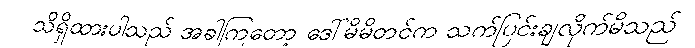
သိရှိထားပါသည် အခါကြတော့ ဒေါ်မိမိတင်က သက်ပြင်းချလိုက်မိသည်